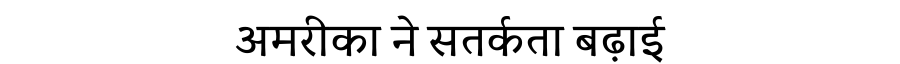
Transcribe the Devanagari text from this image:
अमरीका ने सतर्कता बढ़ाई